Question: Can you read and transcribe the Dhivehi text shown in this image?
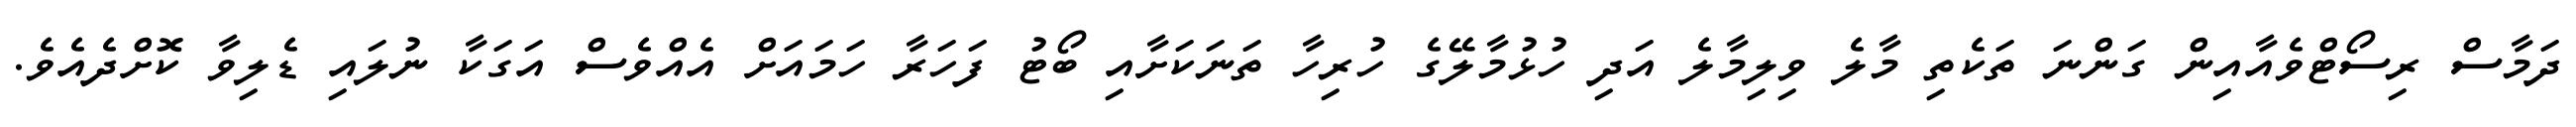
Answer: ދަމާސް ރިސޯޓްވެއާއިން ގަންނަ ތަކެތި މާލެ ވިލިމާލެ އަދި ހުޅުމާލޭގެ ހުރިހާ ތަނަކަށާއި ބޯޓު ފަހަރާ ހަމައަށް އެއްވެސް އަގަކާ ނުލައި ޑެލިވާ ކޮށްދެއެވެ.